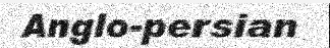
Anglo-persian